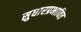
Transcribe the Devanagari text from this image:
सुधारप्रभावित